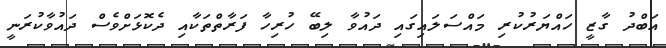
އަބްދު ގާޒީ ހައްޔަރުކުރި މައްސަލައިގައި ދައުވާ ލިބޭ ހުރިހާ ފަރާތްތަކާއި ދެކޮޅަށްވެސް ދައުވާކުރަނީ